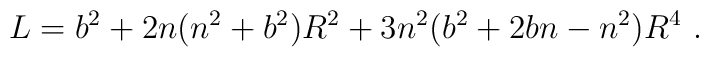
L=b^{2}+2n(n^{2}+b^{2})R^{2}+3n^{2}(b^{2}+2bn-n^{2})R^{4}\, \, .